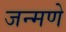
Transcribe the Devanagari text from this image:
जन्मणे